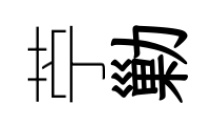
苧勦